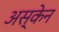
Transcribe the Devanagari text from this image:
अस्केन